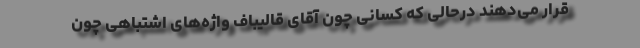
قرار می‌دهند درحالی که کسانی چون آقای قالیباف واژه‌های اشتباهی چون